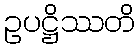
ဥပဋ္ဌိဿတိ